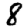
Digit: 8